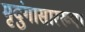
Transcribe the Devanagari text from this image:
मृदुंगासारख्या